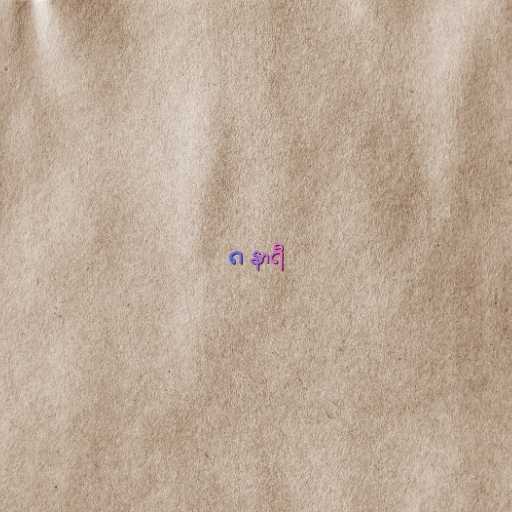
၈ နာရီ